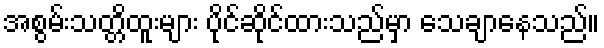
အစွမ်းသတ္တိထူးများ ပိုင်ဆိုင်ထားသည်မှာ သေချာနေသည်။